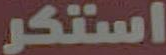
استكر